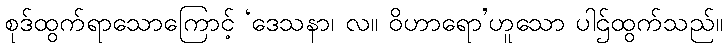
စုဒ်ထွက်ရာသောကြောင့် ‘ဒေသနာ၊ လ။ ဝိဟာရော’ဟူသော ပါဌ်ထွက်သည်။